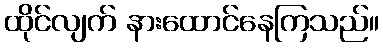
ထိုင်လျက် နားထောင်နေကြသည်။